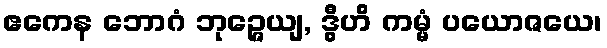
ဧကေန ဘောဂံ ဘုဉ္ဇေယျ, ဒွီဟိ ကမ္မံ ပယောဇယေ၊